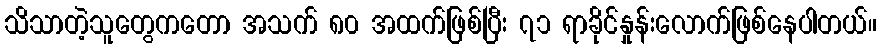
သိသာတဲ့သူတွေကတော အသက် ၈၀ အထက်ဖြစ်ပြီး ၇၁ ရာခိုင်နှုန်းလောက်ဖြစ်နေပါတယ်။